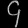
Digit: ၄